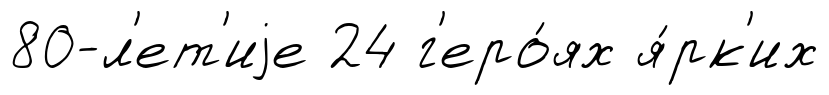
80-л'ет'иjе 24 г'еро́ях я́рк'их